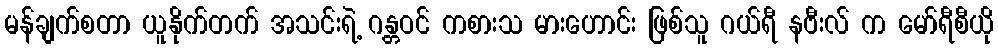
မန်ချက်စတာ ယူနိုက်တက် အသင်းရဲ့ ဂန္တဝင် ကစားသ မားဟောင်း ဖြစ်သူ ဂယ်ရီ နဗီးလ် က မော်ရီစီယို